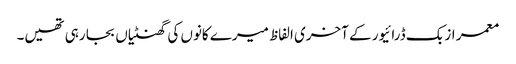
معمر ازبک ڈرائیور کے آخری الفاظ میرے کانوں کی گھنٹیاں بجا رہی تھیں۔